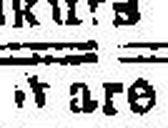
Ware